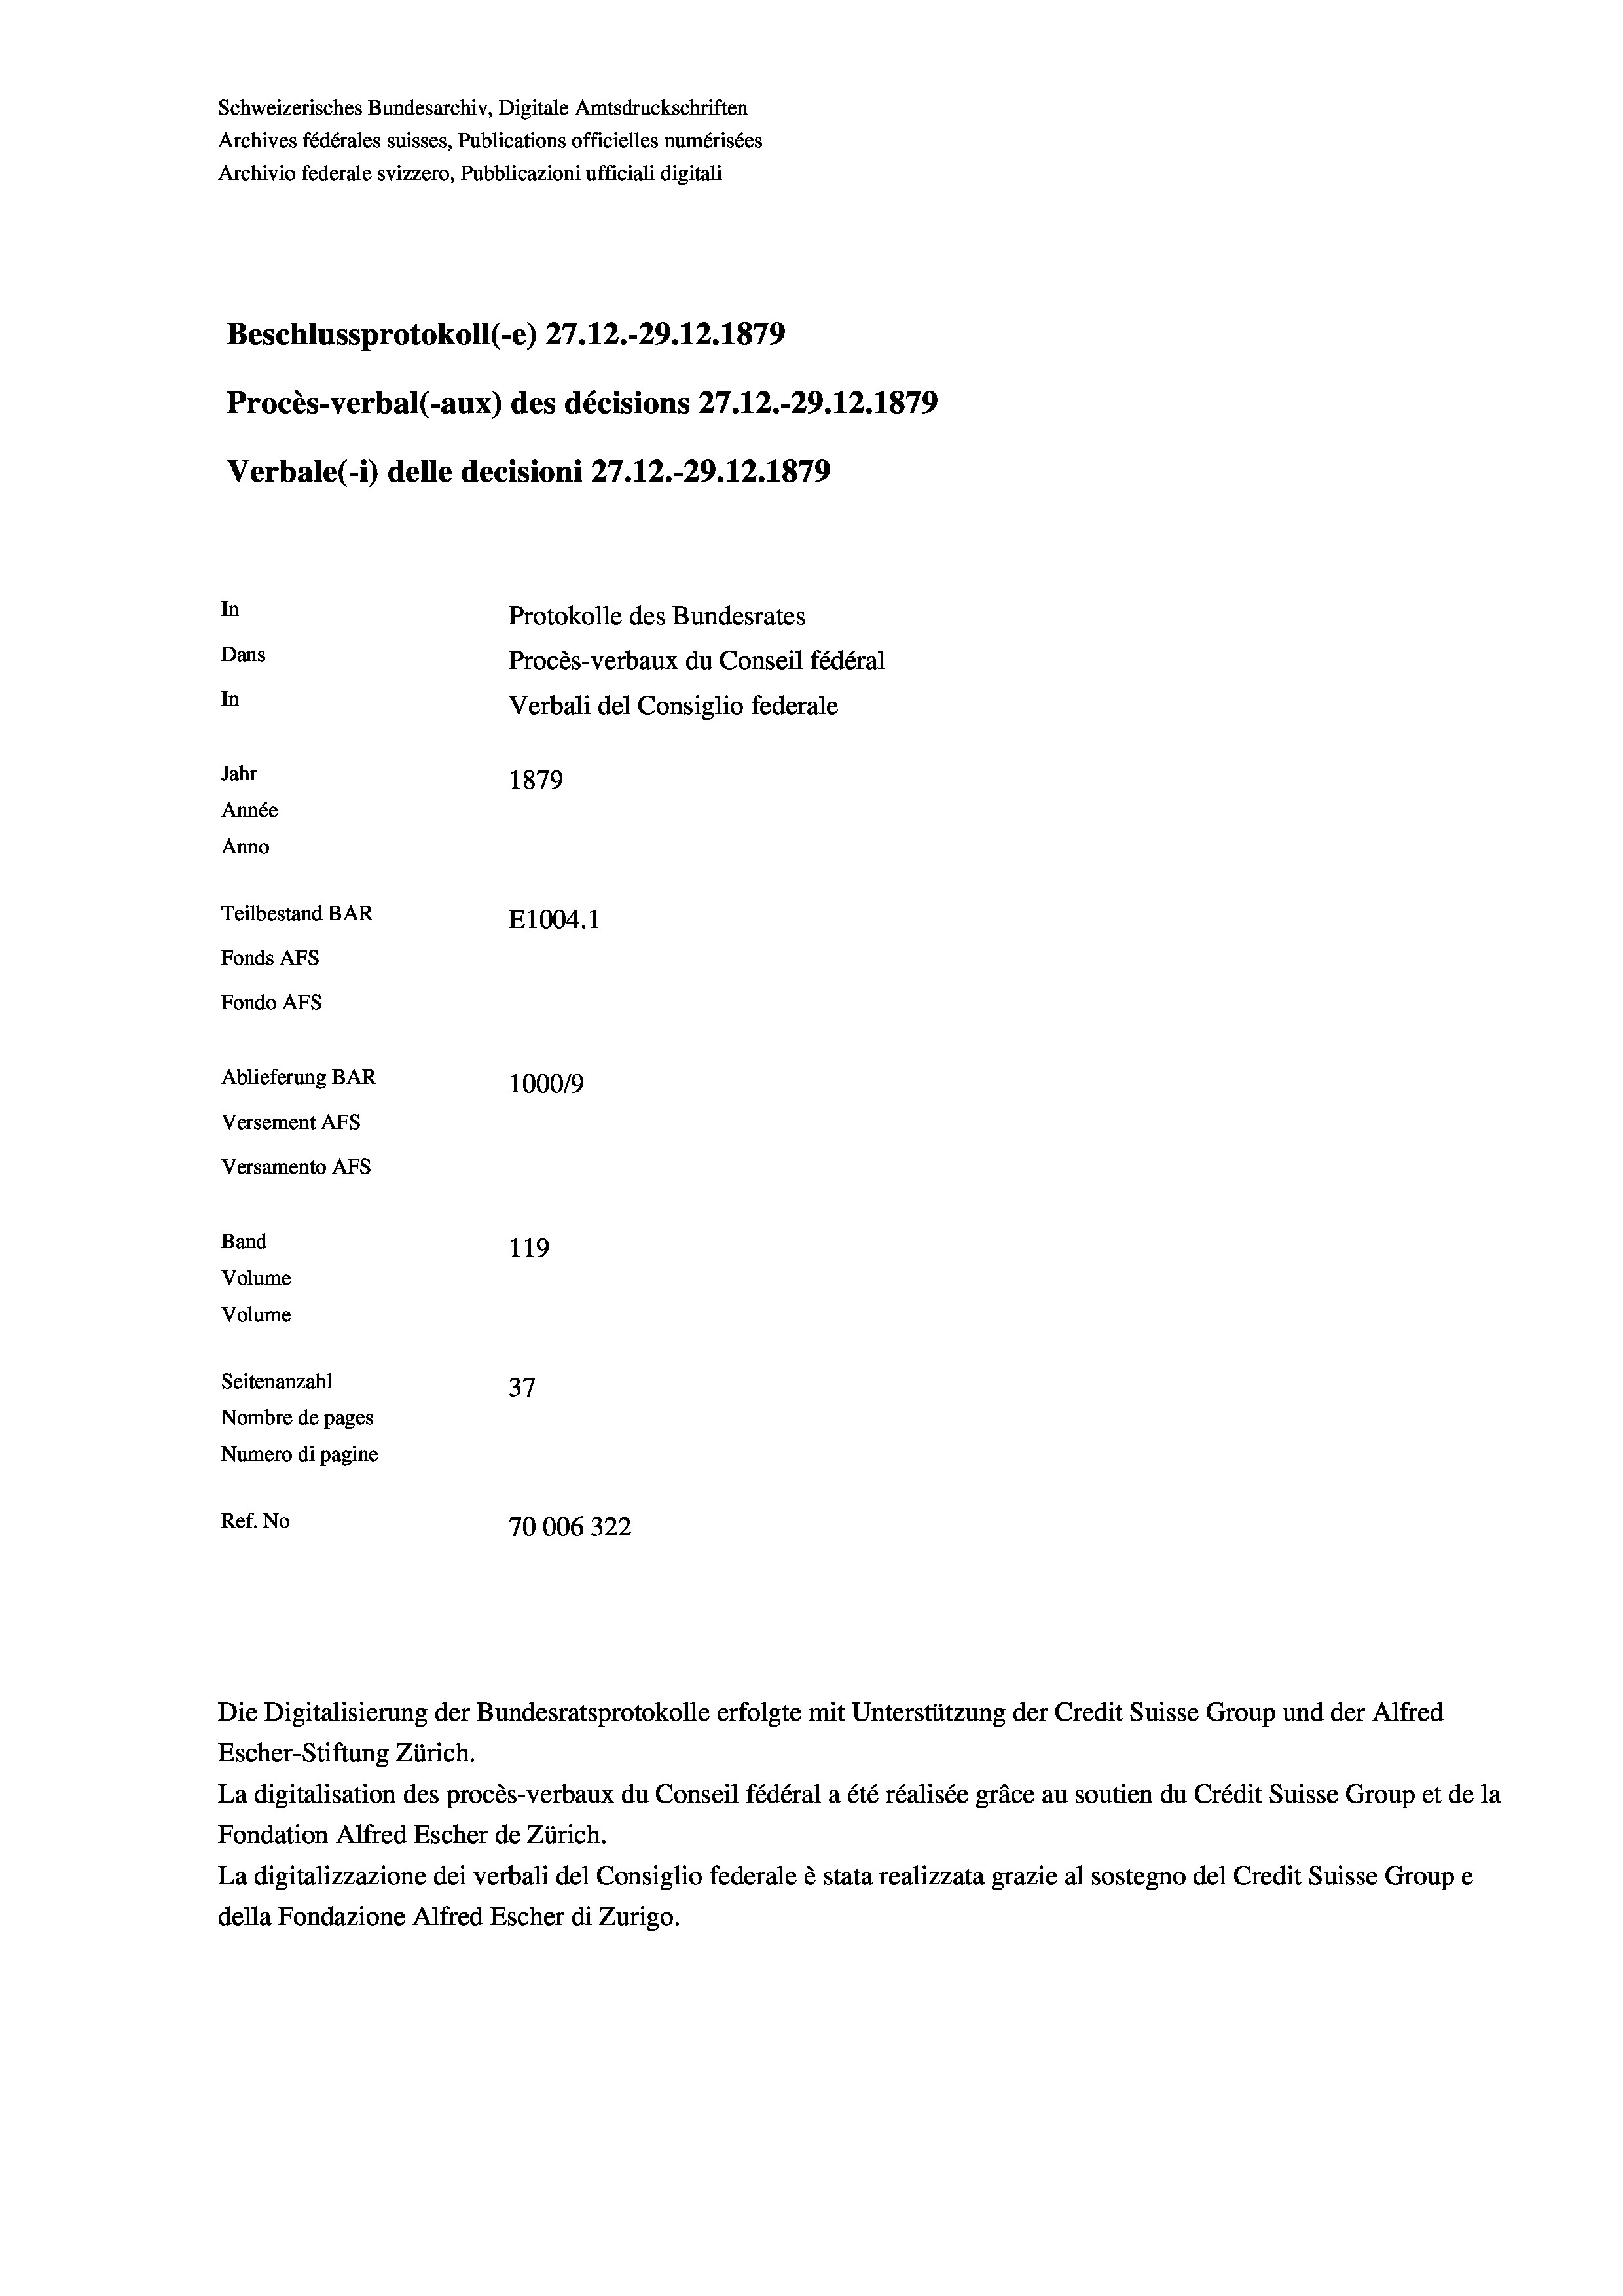
Schweizerisches Bundesarchiv, Digitale Amtsdruckschriften
Archives fédérales suisses, Publications officielles numérisées
Archivio federale svizzero, Pubblicazioni ufficiali digitali
Beschlussprotokoll (-e) 27.12.-29.12.1879
Procès-verbal (-aux) des décisions 27.12.-29.12.1879
Verbale (1) delle decisioni 27.12.-29.12.1879
In
Protokolle des Bundesrates
Dans
Procès-verbaux du Conseil fédéral
In
Verbali del Consiglio federale
Jahr
1879
Année
Anno
Teilbestand BAR
E1004. 1
Fonds AFs
Fondo AFS
Ablieferung BAR
100019
Versement AFs
Versamento AFs
Band
119
Volume
Volume
Seitenanzahl
37
Nombre de pages
Numero di pagine
Ref. No
70006322

Escher-Stiftung Zürich.
La digitalisation des procès-verbaux du Conseil fédéral a été réalisée gräce au soutien du Crédit Suisse Group et de la
Fondation Alfred Escher de Zürich.
La digitalizzazione dei verbali del Consiglio federale è stata realizzata grazie al sostegno del Credit Suisse Groupe
della Fondazione Alfred Escher di Zurigo.

Die Digitalisierung der Bundesratsprotokolle erfolgte mit Unterstützung der Credit Suisse Group und der Alfred